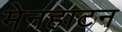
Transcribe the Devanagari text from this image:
मेनहाटन